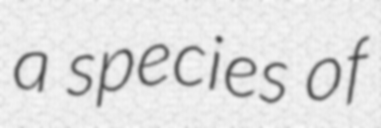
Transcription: a species of